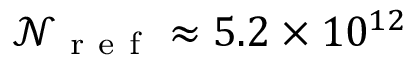
\mathscr { N } _ { \mathrm { ~ r ~ e ~ f ~ } } \approx 5 . 2 \times 1 0 ^ { 1 2 }